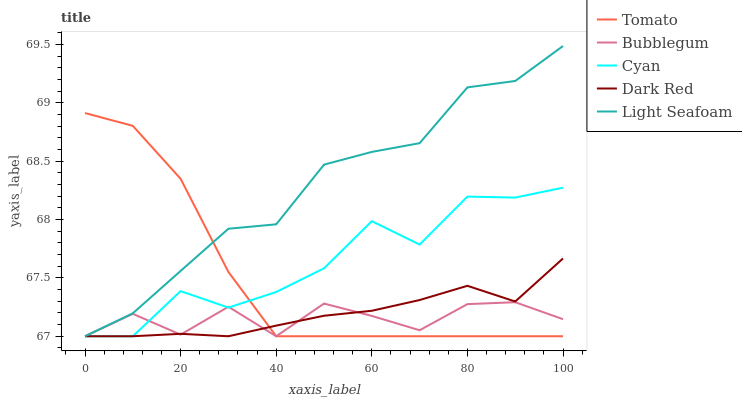
| xaxis_label | Tomato | Bubblegum | Cyan | Dark Red | Light Seafoam |
 | --- | --- | --- | --- | --- | --- |
 | 0 | 68.9 | 67 | 67 | 67 | 67 |
 | 10 | 68.8 | 67.2 | 67 | 67 | 67.2 |
 | 20 | 68.3 | 67 | 67.4 | 67 | 67.6 |
 | 30 | 67.6 | 67.3 | 67.2 | 67 | 67.9 |
 | 40 | 67 | 67 | 67.4 | 67.1 | 68 |
 | 50 | 67 | 67.3 | 67.6 | 67.2 | 68.5 |
 | 60 | 67 | 67.2 | 68 | 67.2 | 68.6 |
 | 70 | 67 | 67.1 | 67.8 | 67.3 | 68.7 |
 | 80 | 67 | 67.3 | 68.2 | 67.4 | 69.1 |
 | 90 | 67 | 67.3 | 68.2 | 67.3 | 69.2 |
 | 100 | 67 | 67.1 | 68.3 | 67.7 | 69.5 |